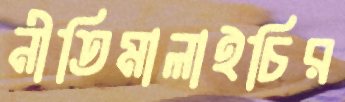
নীতিমালাইচির